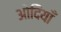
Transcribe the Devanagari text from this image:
ओदियाँ